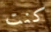
كنت